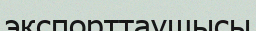
экспорттаушысы